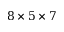
8 \times 5 \times 7